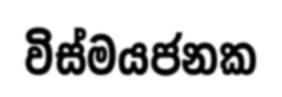
විස්මයජනක